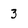
Character: 3